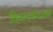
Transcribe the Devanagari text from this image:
किल्लाच्या